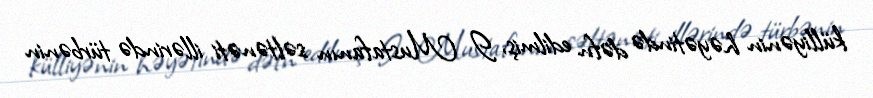
külliyənin həyətində dəfn edilmiş, I Mustafanın səltənəti illərində türbənin